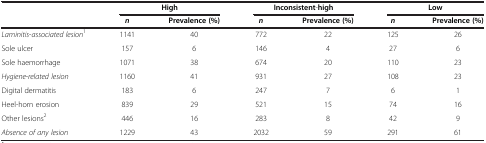
<table><thead><tr><td><b> </b></td><td colspan="2"><b>High</b></td><td colspan="2"><b>Inconsistent-high</b></td><td colspan="2"><b>Low</b></td></tr><tr><td><b> </b></td><td><b><i>n</i></b></td><td><b>Prevalence (%)</b></td><td><b><i>n</i></b></td><td><b>Prevalence (%)</b></td><td><b><i>n</i></b></td><td><b>Prevalence (%)</b></td></tr></thead><tbody><tr><td><i>Laminitis</i>-<i>associated lesion</i><sup>1</sup></td><td>1141</td><td>40</td><td>772</td><td>22</td><td>125</td><td>26</td></tr><tr><td>Sole ulcer</td><td>157</td><td>6</td><td>146</td><td>4</td><td>27</td><td>6</td></tr><tr><td>Sole haemorrhage</td><td>1071</td><td>38</td><td>674</td><td>20</td><td>110</td><td>23</td></tr><tr><td><i>Hygiene</i>-<i>related lesion</i></td><td>1160</td><td>41</td><td>931</td><td>27</td><td>108</td><td>23</td></tr><tr><td>Digital dermatitis</td><td>183</td><td>6</td><td>247</td><td>7</td><td>6</td><td>1</td></tr><tr><td>Heel-horn erosion</td><td>839</td><td>29</td><td>521</td><td>15</td><td>74</td><td>16</td></tr><tr><td>Other lesions<sup>2</sup></td><td>446</td><td>16</td><td>283</td><td>8</td><td>42</td><td>9</td></tr><tr><td><i>Absence of any lesion</i></td><td>1229</td><td>43</td><td>2032</td><td>59</td><td>291</td><td>61</td></tr></tbody></table>